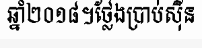
ឆ្នាំ២០១៨។ថ្លែងប្រាប់ស៊ីន